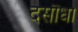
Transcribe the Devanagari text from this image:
दसौंधा